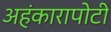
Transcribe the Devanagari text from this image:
अहंकारापोटी